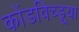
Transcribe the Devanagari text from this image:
कोंडविच्डूया